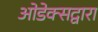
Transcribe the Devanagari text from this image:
ओडेक्सद्वारा